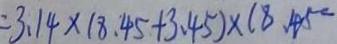
= 3 . 1 4 \times ( 8 . 4 5 + 3 . 4 5 ) \times 1 8 . 4 5